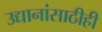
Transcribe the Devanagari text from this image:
उद्यानांसाठीही